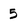
Character: 5